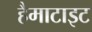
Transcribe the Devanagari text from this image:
हैमाटाइट